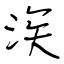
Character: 涘